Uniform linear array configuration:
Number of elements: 48
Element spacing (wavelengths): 0.5
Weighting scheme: kaiser
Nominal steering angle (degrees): -45
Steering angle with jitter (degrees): -45.096
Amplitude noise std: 0.05
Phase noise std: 0.05

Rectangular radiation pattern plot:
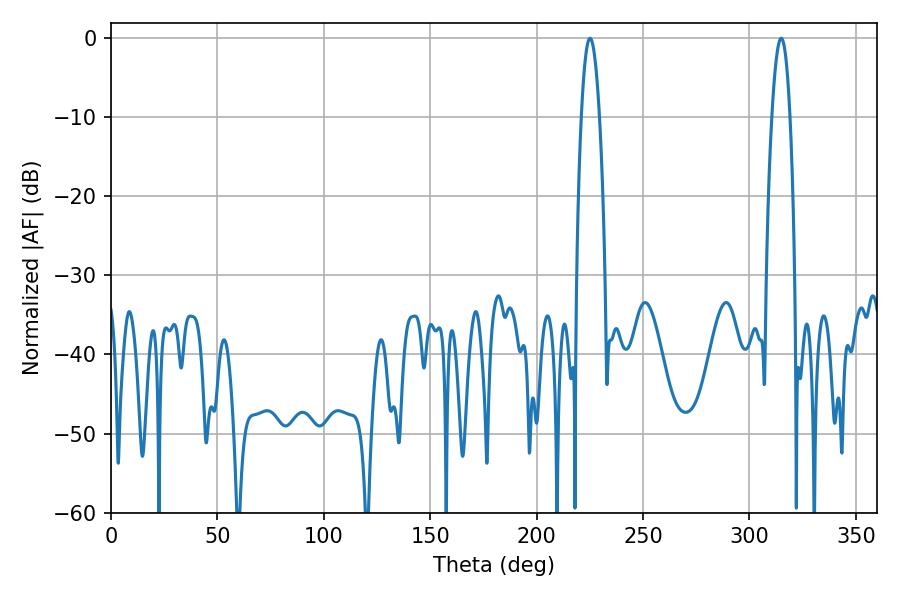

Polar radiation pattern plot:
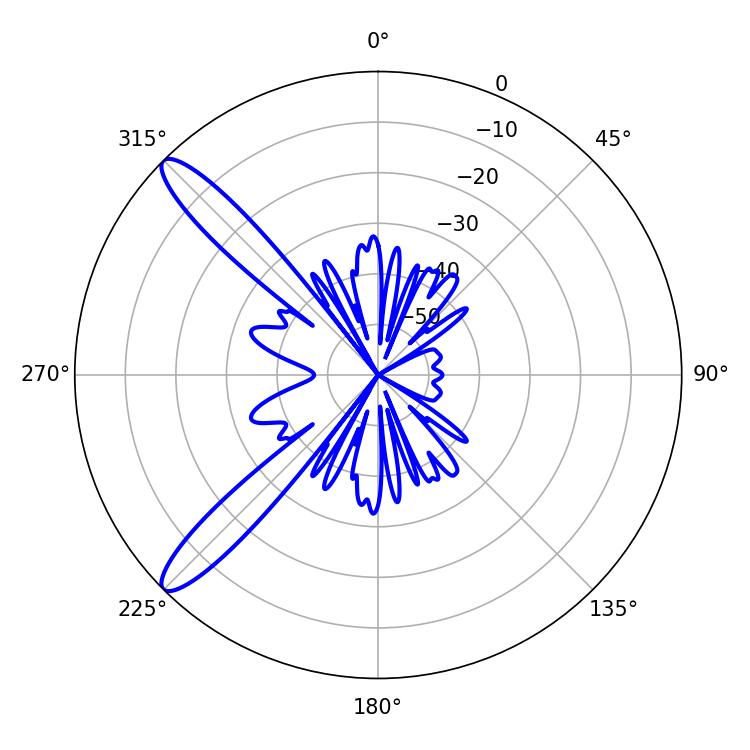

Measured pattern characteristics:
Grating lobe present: FALSE
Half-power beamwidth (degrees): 4.68
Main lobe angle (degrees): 225